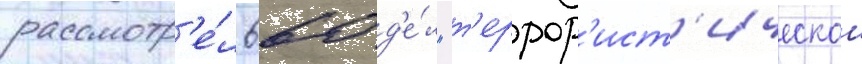
рассмотр'е́л 660 д'е́л "т'еррор'ист'ическои